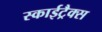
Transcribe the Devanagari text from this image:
स्काईट्रैक्स